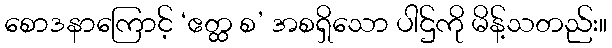
စောဒနာကြောင့် ‘ဧတ္ထ စ’ အစရှိသော ပါဌ်ကို မိန့်သတည်း။